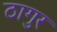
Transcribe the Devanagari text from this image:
ठागुर